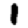
Digit: 1